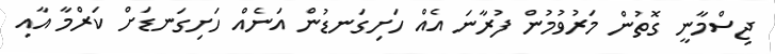
ޖިސްމާނީ ގޮތުން މަރުވުމުން ފުރާނަ އެއް ހަށިގަނޑުން އަނެއް ހަށިގަނޑަށް ކަރްމާ އާއި